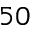
5 0